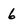
Character: 6